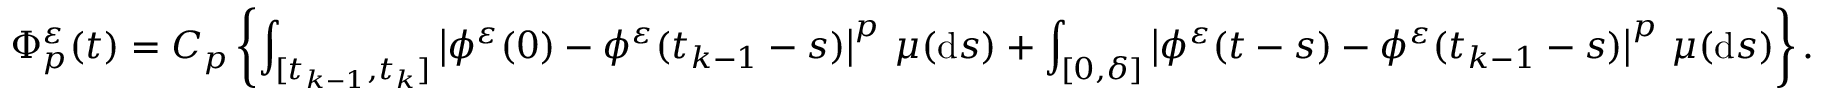
\Phi _ { p } ^ { \varepsilon } ( t ) = C _ { p } \left\{ \int _ { [ t _ { k - 1 } , t _ { k } ] } \left| \phi ^ { \varepsilon } ( 0 ) - \phi ^ { \varepsilon } ( t _ { k - 1 } - s ) \right| ^ { p } \, \mu ( \mathrm { d } s ) + \int _ { [ 0 , \delta ] } \left| \phi ^ { \varepsilon } ( t - s ) - \phi ^ { \varepsilon } ( t _ { k - 1 } - s ) \right| ^ { p } \, \mu ( \mathrm { d } s ) \right\} .